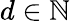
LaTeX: d\in\mathbb{N}